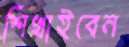
শিখাইবেন